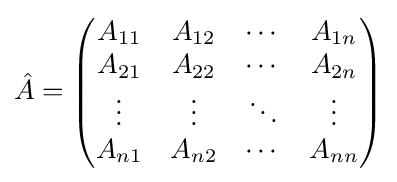
{\hat {A}}={\begin{pmatrix}A_{11}&A_{12}&\cdots &A_{1n}\\A_{21}&A_{22}&\cdots &A_{2n}\\\vdots &\vdots &\ddots &\vdots \\A_{n1}&A_{n2}&\cdots &A_{nn}\\\end{pmatrix}}